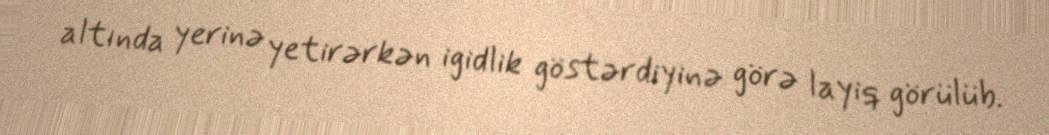
altında yerinə yetirərkən igidlik göstərdiyinə görə layiq görülüb.